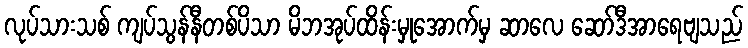
လုပ်သားသစ် ကျပ်သွန်နီတစ်ပိသာ မိဘအုပ်ထိန်းမှုအောက်မှ ဆာလေ ဆော်ဒီအာရေဗျသည်